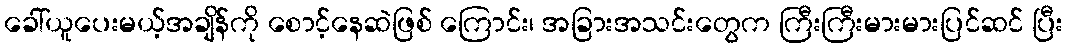
ခေါ်ယူပေးမယ့်အချိန်ကို စောင့်နေဆဲဖြစ် ကြောင်း၊ အခြားအသင်းတွေက ကြီးကြီးမားမားပြင်ဆင် ပြီး